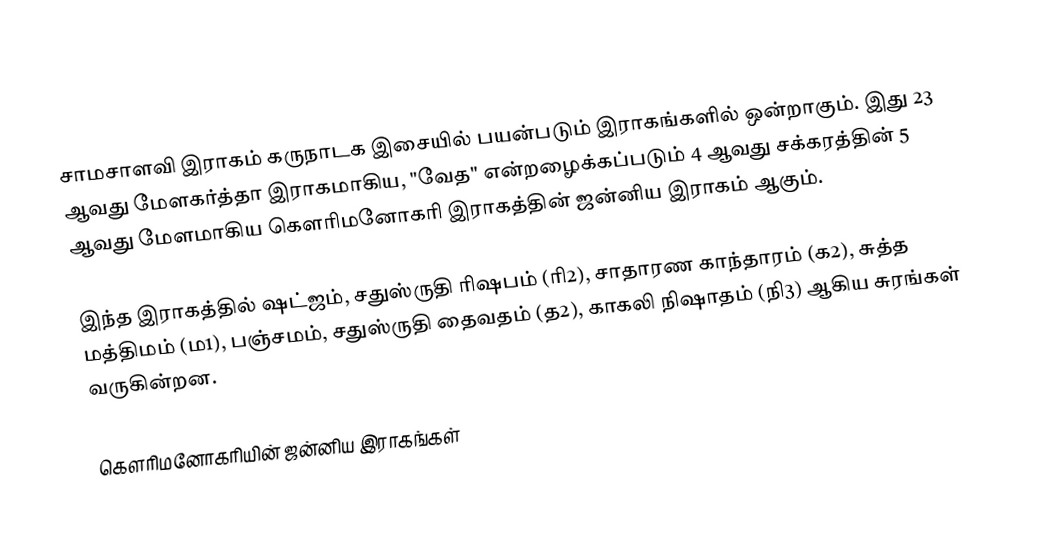
சாமசாளவி இராகம் கருநாடக இசையில் பயன்படும் இராகங்களில் ஒன்றாகும். இது 23 ஆவது மேளகர்த்தா இராகமாகிய, "வேத" என்றழைக்கப்படும் 4 ஆவது சக்கரத்தின் 5 ஆவது மேளமாகிய கௌரிமனோகரி இராகத்தின் ஜன்னிய இராகம் ஆகும்.

இந்த இராகத்தில் ஷட்ஜம், சதுஸ்ருதி ரிஷபம் (ரி2),  சாதாரண காந்தாரம் (க2), சுத்த மத்திமம் (ம1), பஞ்சமம்,  சதுஸ்ருதி தைவதம் (த2), காகலி நிஷாதம்  (நி3) ஆகிய சுரங்கள் வருகின்றன.

கௌரிமனோகரியின் ஜன்னிய இராகங்கள்